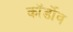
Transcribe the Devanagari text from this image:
कॉर्डोव